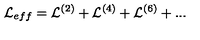
{ \cal L } _ { e f f } = { \cal L } ^ { ( 2 ) } + { \cal L } ^ { ( 4 ) } + { \cal L } ^ { ( 6 ) } + . . .